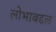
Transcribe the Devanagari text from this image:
लोभाबद्दल